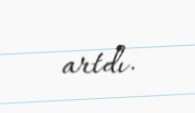
artdı.